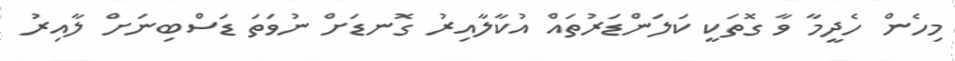
މިހެން ހެދީމާ ވާ ގޮތަކީ ކަލަންޑަރުތައް އުކާލާއިރު ގޮނޑަށް ނުވަތަ ޑަސްބިނަށް ލާއިރު